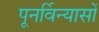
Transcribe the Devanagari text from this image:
पूनर्विन्यासों